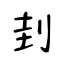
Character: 刲